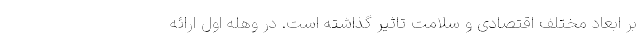
بر ابعاد مختلف اقتصادی و سلامت تاثیر گذاشته است. در وهله اول ارائه